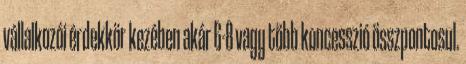
vállalkozói érdekkör kezében akár 6-8 vagy több koncesszió összpontosul.